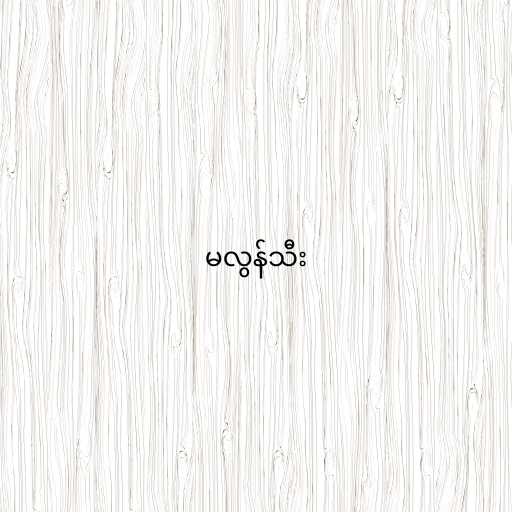
မလွန်သီး